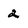
Character: 2